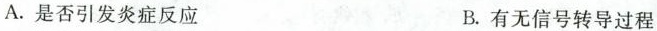
A.是否引发炎症反应 B.有无信号转导过程